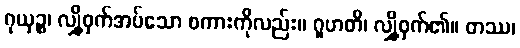
ဂုယှဉ္စ၊ လျှို့ဝှက်အပ်သော စကားကိုလည်း။ ဂူဟတိ၊ လျှို့ဝှက်၏။ တဿ၊